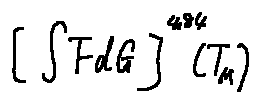
[ \int F d G ] ^ { 4 . 8 4 } ( T _ { M } )